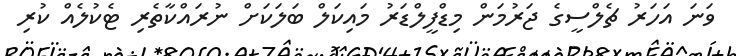
ވަނަ އަހަރު ޗެލްސީގެ ޖަރުމަން މިޑްފީލްޑަރު މައިކަލް ބަލަކަށް ނުރައްކާތެރި ޓެކުލެއް ކުރި